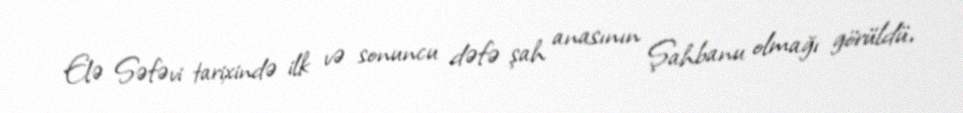
Elə Səfəvi tarixində ilk və sonuncu dəfə şah anasının Şahbanu olmağı görüldü,